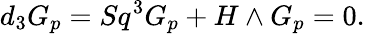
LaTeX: d_{3}G_{p}=Sq^{3}G_{p}+H\wedge G_{p}=0.